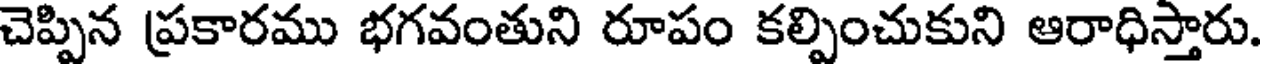
చెప్పిన ప్రకారము భగవంతుని రూపం కల్పించుకుని ఆరాధిస్తారు.